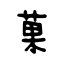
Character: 菓